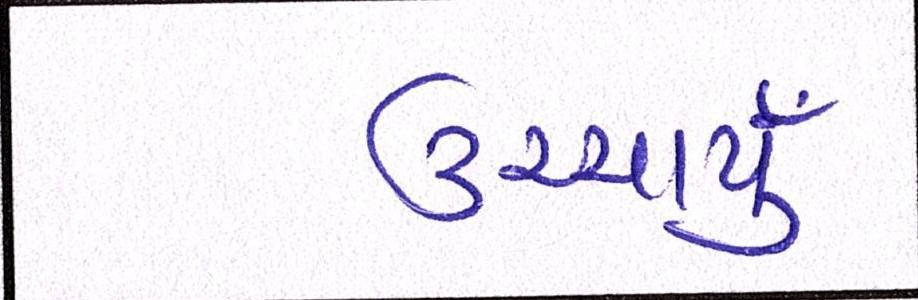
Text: ઉચ્ચાર્યું